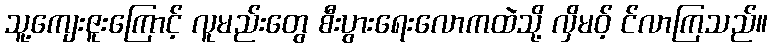
သူ့ကျေးဇူးကြောင့် လူမည်းတွေ စီးပွားရေးလောကထဲသို့ လှိမဝ့် င်လာကြသည်။